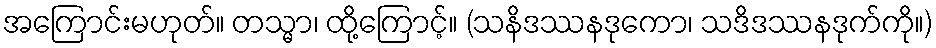
အကြောင်းမဟုတ်။ တသ္မာ၊ ထို့ကြောင့်။ (သနိဒဿနဒုကော၊ သဒိဒဿနဒုက်ကို။)